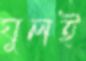
ঘুলই